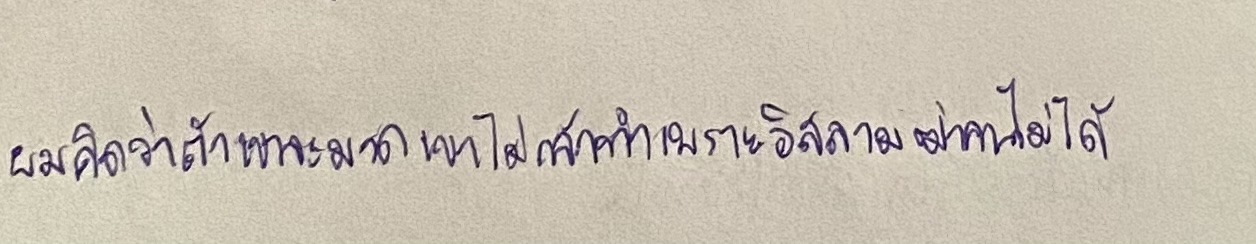
ผมคิดว่าถ้าเขาละหมาดเขาไม่กล้าทำเพราะอิสลามฆ่าคนไม่ได้